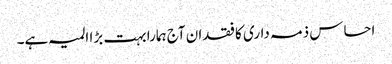
احساس ذمہ داری کا فقدان آج ہمارا بہت بڑا المیہ ہے۔